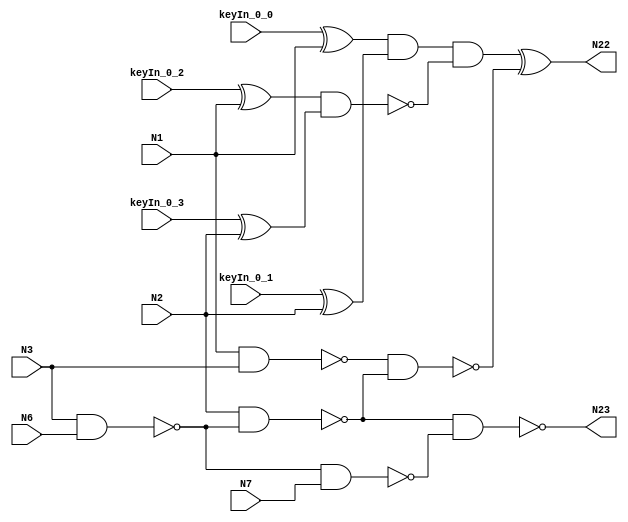


module c17
(
  N1,
  N2,
  N3,
  N6,
  N7,
  N22,
  N23,
  keyIn_0_0,
  keyIn_0_1,
  keyIn_0_2,
  keyIn_0_3
);

  input N1;input N2;input N3;input N6;input N7;
  input keyIn_0_0;
  input keyIn_0_1;
  input keyIn_0_2;
  input keyIn_0_3;
  output N22;output N23;
  wire N10;wire N11;wire N16;wire N19;
  wire g_xor_0_0;
  wire gbar_xor_0_0;
  wire g_xor_0_1;
  wire gbar_xor_0_1;
  wire g_block_0;
  wire gbar_block_0;
  wire antisat_and_0;
  wire signal_from_circuit_0;

  nand
  NAND2_1
  (
    N10,
    N1,
    N3
  );


  nand
  NAND2_2
  (
    N11,
    N3,
    N6
  );


  nand
  NAND2_3
  (
    N16,
    N2,
    N11
  );


  nand
  NAND2_4
  (
    N19,
    N11,
    N7
  );


  nand
  NAND2_5
  (
    signal_from_circuit_0,
    N10,
    N16
  );


  nand
  NAND2_6
  (
    N23,
    N16,
    N19
  );


  xor
  G_XOR_0_0
  (
    g_xor_0_0,
    keyIn_0_0,
    N1
  );


  xor
  GBAR_XOR_0_0
  (
    gbar_xor_0_0,
    keyIn_0_2,
    N1
  );


  xor
  G_XOR_0_1
  (
    g_xor_0_1,
    keyIn_0_1,
    N2
  );


  xor
  GBAR_XOR_0_1
  (
    gbar_xor_0_1,
    keyIn_0_3,
    N2
  );


  and
  G_BLOCK_0
  (
    g_block_0,
    g_xor_0_0,
    g_xor_0_1
  );


  nand
  GBAR_BLOCK_0
  (
    gbar_block_0,
    gbar_xor_0_0,
    gbar_xor_0_1
  );


  and
  ANTISAT_AND_0
  (
    antisat_and_0,
    g_block_0,
    gbar_block_0
  );


  xor
  FLIP_IT_0
  (
    N22,
    antisat_and_0,
    signal_from_circuit_0
  );


endmodule